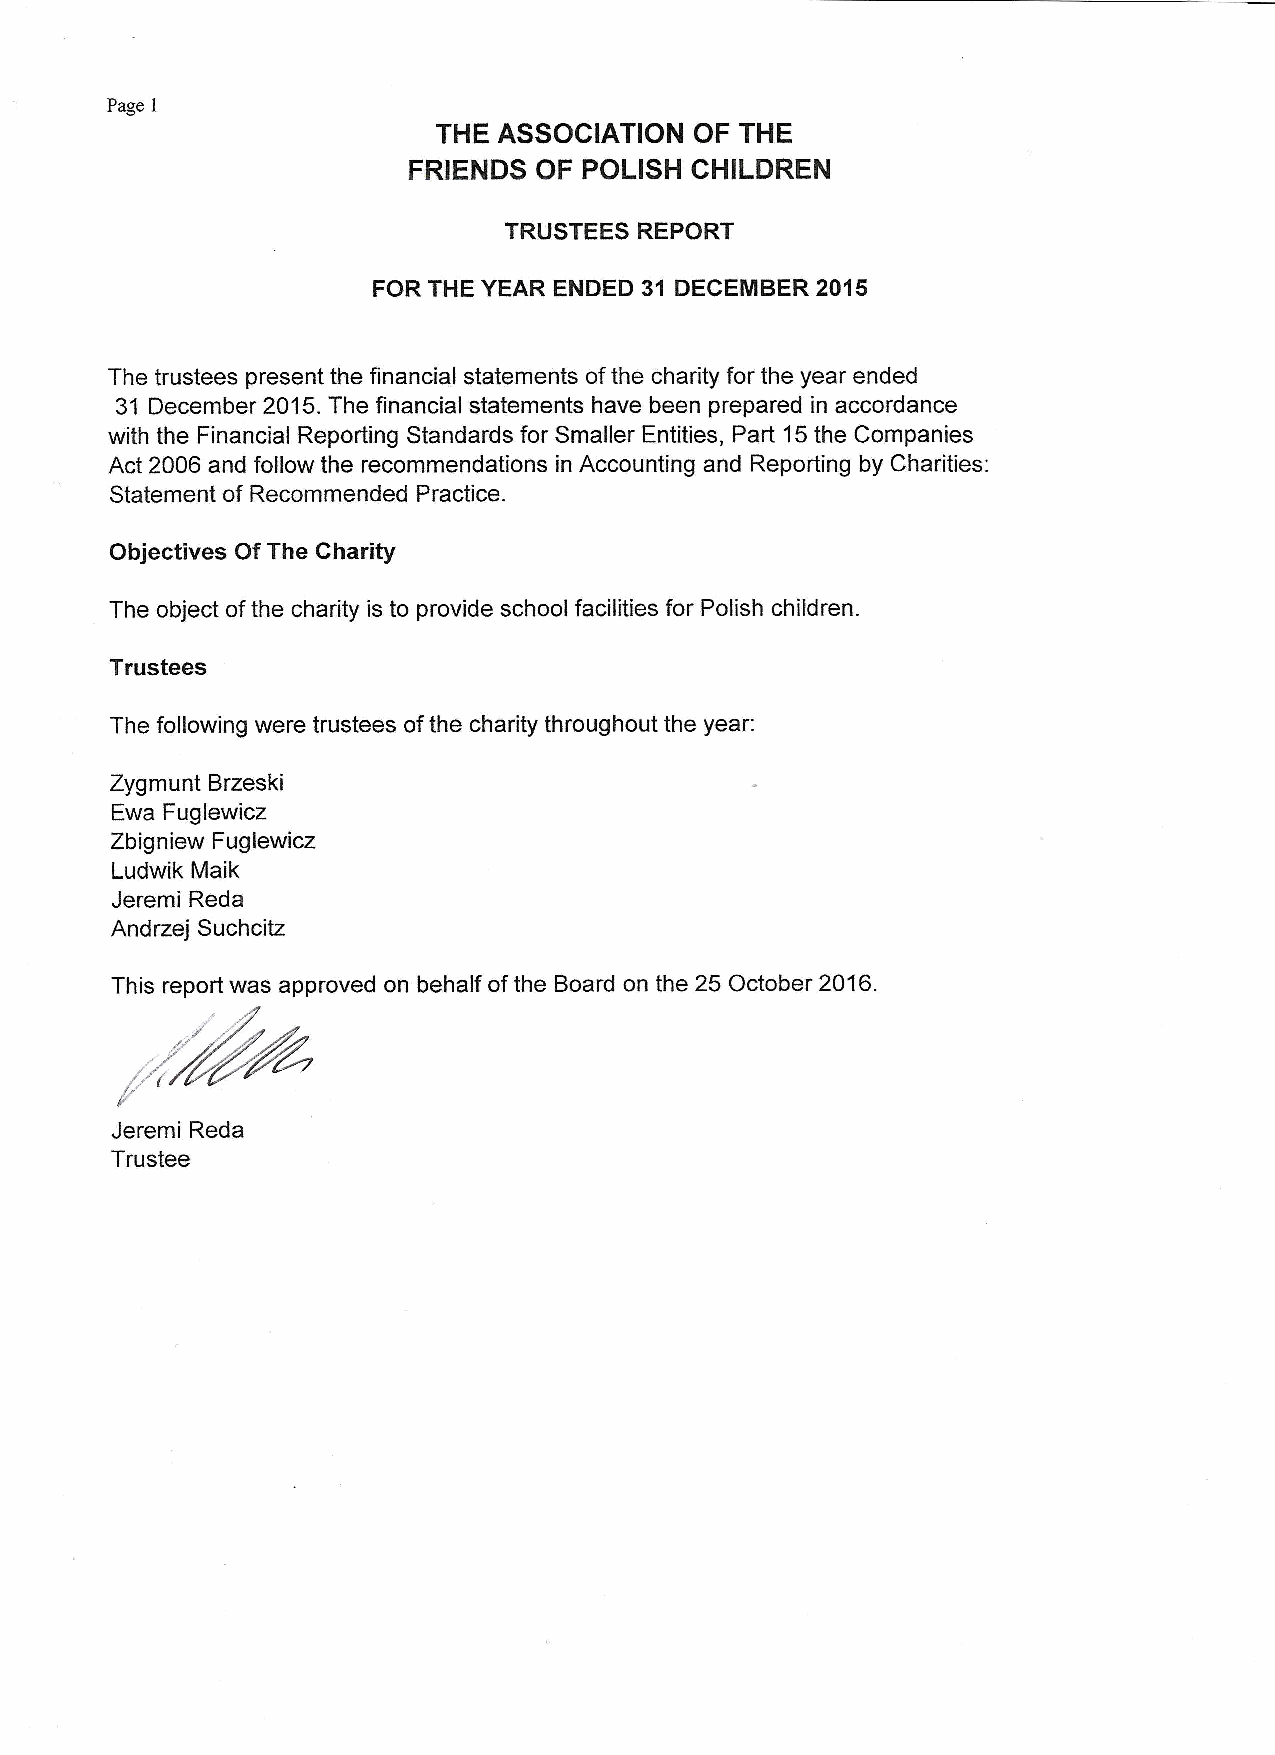
Page 1
 THE ASSOCIATION  OF THE
 FRIENDS  OF POLISH CHILDREN
 TRUSTEES REPORT
 FOR THE YEAR ENDED 31 DECEIIBER 2016
 The trustees present the financial statements ofthe charity for the year ended
 31 December 2015.The financial statements have been prepared in accordance
 with the Financial Reporting Standards for Smaller Entities, Part 15the Companies
 Act 2006 and follow the recommendations in Accounting and Reporting by Charities:
 Statement of Recommended Practice.
 Objectives Of The Charity
 The object ofthe charity is to provide school facilities for Polish children.
 Trustees
 The following were trustees ofthe charity throughout the year:
 Zygmunt Brzeski
 Ewa Fuglewicz
 Zbigniew Fuglewicz
 Ludwik Maik
 Jeremi Reda
 Andrzej Suchcitz
 This report was approved on behalf ofthe Board on the 25 October 2016.
 Jeremi Reda
 Trustee